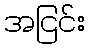
အငြင်း